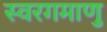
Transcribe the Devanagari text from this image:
स्वरगमाणु